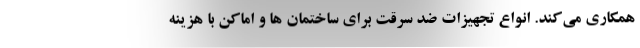
همکاری می‌کند. انواع تجهیزات ضد سرقت برای ساختمان ها و اماکن با هزینه